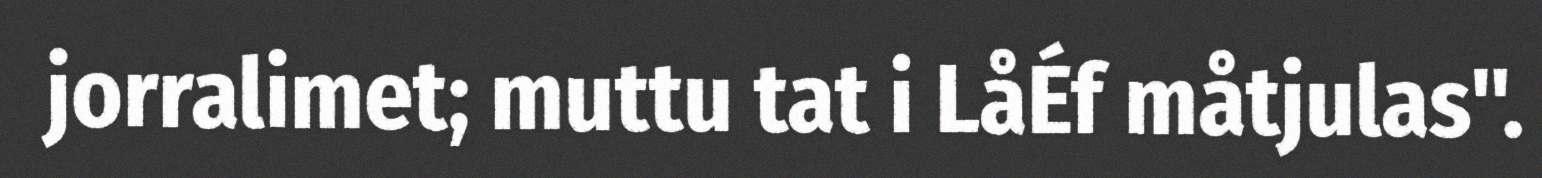
jorralimet; muttu tat i LåÉf måtjulas".